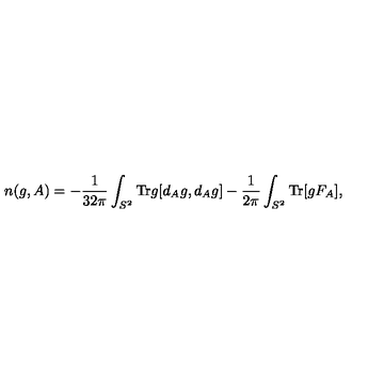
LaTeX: n ( g , A ) = - \frac { 1 } { 3 2 \pi } \int _ { S ^ { 2 } } \mathrm { T r } g [ d _ { A } g , d _ { A } g ] - \frac { 1 } { 2 \pi } \int _ { S ^ { 2 } } \mathrm { T r } [ g F _ { A } ] ,